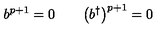
b ^ { p + 1 } = 0 \qquad \bigl ( b ^ { \dagger } \bigr ) ^ { p + 1 } = 0